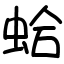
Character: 蛤